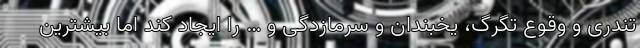
تندری و وقوع تگرگ، یخبندان و سرمازدگی و … را ایجاد کند اما بیشترین